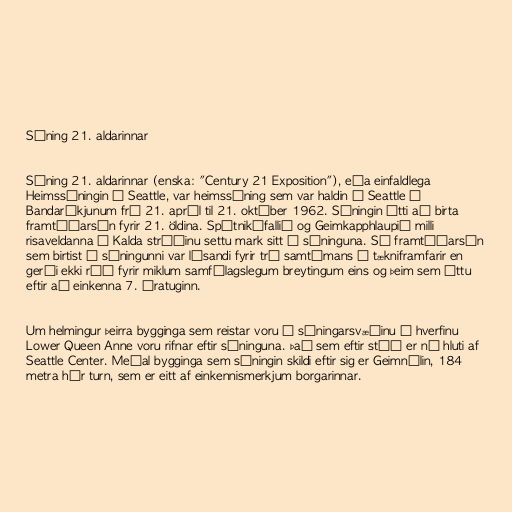
Sýning 21. aldarinnar

Sýning 21. aldarinnar (enska: "Century 21 Exposition"), eða einfaldlega
Heimssýningin í Seattle, var heimssýning sem var haldin í Seattle í
Bandaríkjunum frá 21. apríl til 21. október 1962. Sýningin átti að birta
framtíðarsýn fyrir 21. öldina. Spútnikáfallið og Geimkapphlaupið milli
risaveldanna í Kalda stríðinu settu mark sitt á sýninguna. Sú framtíðarsýn
sem birtist á sýningunni var lýsandi fyrir trú samtímans á tækniframfarir en
gerði ekki ráð fyrir miklum samfélagslegum breytingum eins og þeim sem áttu
eftir að einkenna 7. áratuginn.

Um helmingur þeirra bygginga sem reistar voru á sýningarsvæðinu í hverfinu
Lower Queen Anne voru rifnar eftir sýninguna. Það sem eftir stóð er nú hluti af
Seattle Center. Meðal bygginga sem sýningin skildi eftir sig er Geimnálin, 184
metra hár turn, sem er eitt af einkennismerkjum borgarinnar.